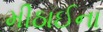
મીઠાઈના